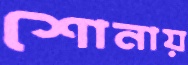
শোনায়